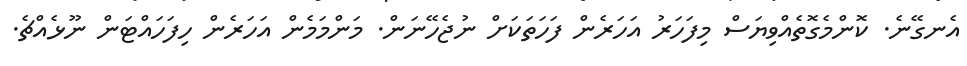
އެނގޭނެ. ކޮންމެގޮތެއްވިޔަސް މިފަހަރު އަހަރެން ފަހަތަކަށް ނުޖެހޭނަން. މަންމަމެން އަހަރެން ހިފަހައްޓަން ނޫޅެއްޗެ.